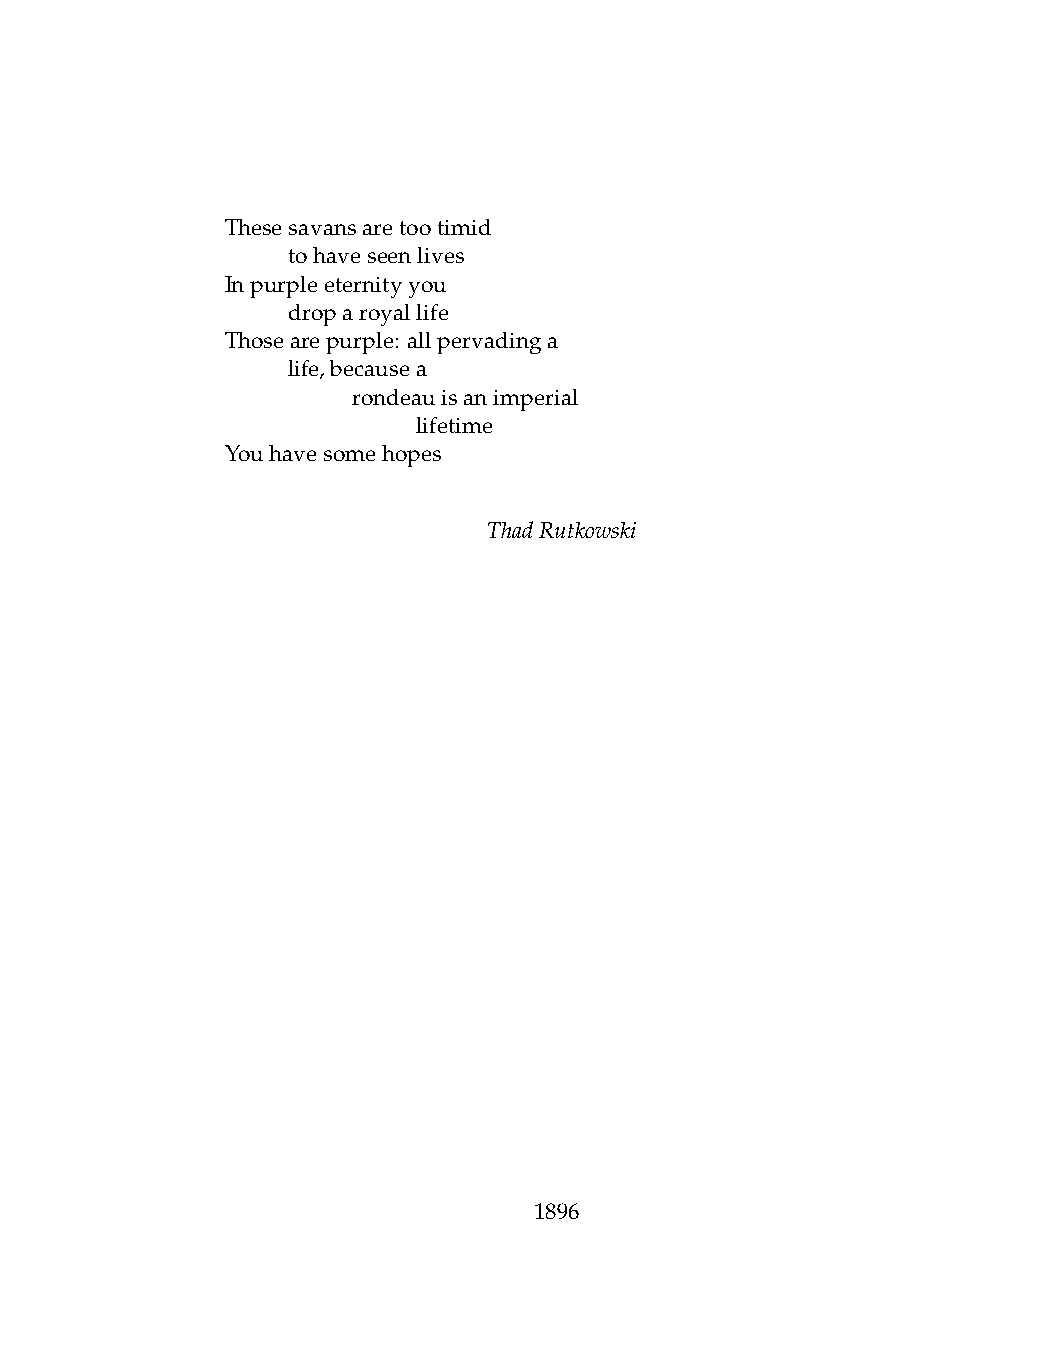
Thesesavansaretootimid
 .   tohaveseenlives
 Inpurpleeternityyou
 .   droparoyallife
 Thosearepurple: allpervadinga
 .   life,becausea
 .   .   rondeauisanimperial
 .   .   .    lifetime
 Youhavesomehopes
 ThadRutkowski
 1896